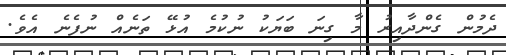
ދެމުން ގެންދާއިރު މާ ގިނަ ބަޔަކު ނުކުމެ އުޅޭ ތަނެއް ނުފެނެ އެވެ.